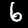
Digit: 6